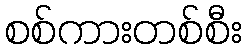
စစ်ကားတစ်စီး